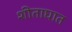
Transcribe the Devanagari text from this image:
शीताघात